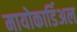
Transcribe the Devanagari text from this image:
मायोकार्डिअल